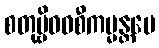
စတုဗ္ဗိဓဝစီကမ္မန္တပေ